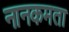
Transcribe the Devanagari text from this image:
नानकमता